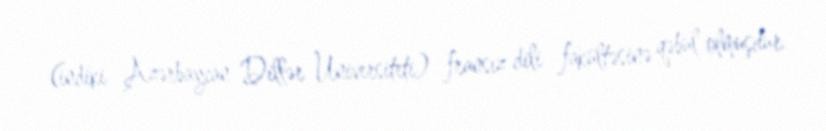
(indiki Azərbaycan Dillər Universiteti) fransız dili fakültəsinə qəbul olmuşdur.